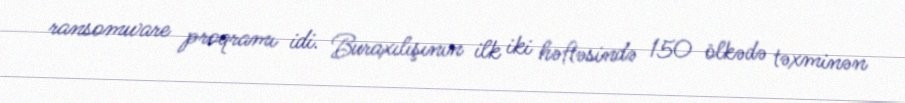
ransomware proqramı idi. Buraxılışının ilk iki həftəsində 150 ölkədə təxminən